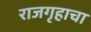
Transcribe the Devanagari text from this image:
राजगृहाचा